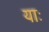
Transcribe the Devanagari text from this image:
याः